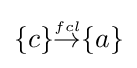
{\textstyle \{c\}{\stackrel {\scriptscriptstyle fcl}{\rightarrow }}\{a\}}